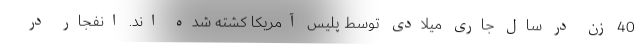
40 زن در سال جاری میلادی توسط پلیس آمریکا کشته شده اند. انفجار در